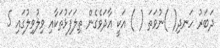
ދަބަރު ހަނދި( )ނުވަތަ ( ) އަކީ އާދަވެގެން ތިލަފަޅުތަކާއި ވިލުވިލުގައި 5